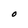
Character: O